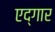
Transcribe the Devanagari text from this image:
एद्गार